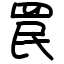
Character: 罠